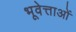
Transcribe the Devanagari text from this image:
भूवेत्ताओं